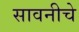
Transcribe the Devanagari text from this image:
सावनीचे